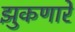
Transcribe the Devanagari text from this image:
झुकणारे